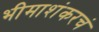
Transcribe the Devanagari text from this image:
भीमाशंकरचं